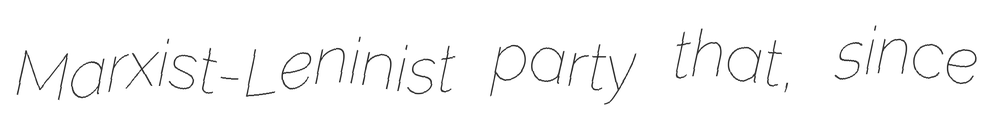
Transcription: Marxist-Leninist party that, since